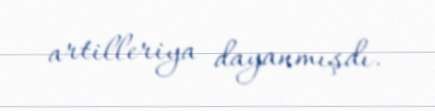
artilleriya dayanmışdı.